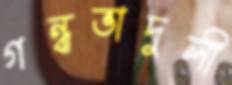
গন্ধভাদুলী